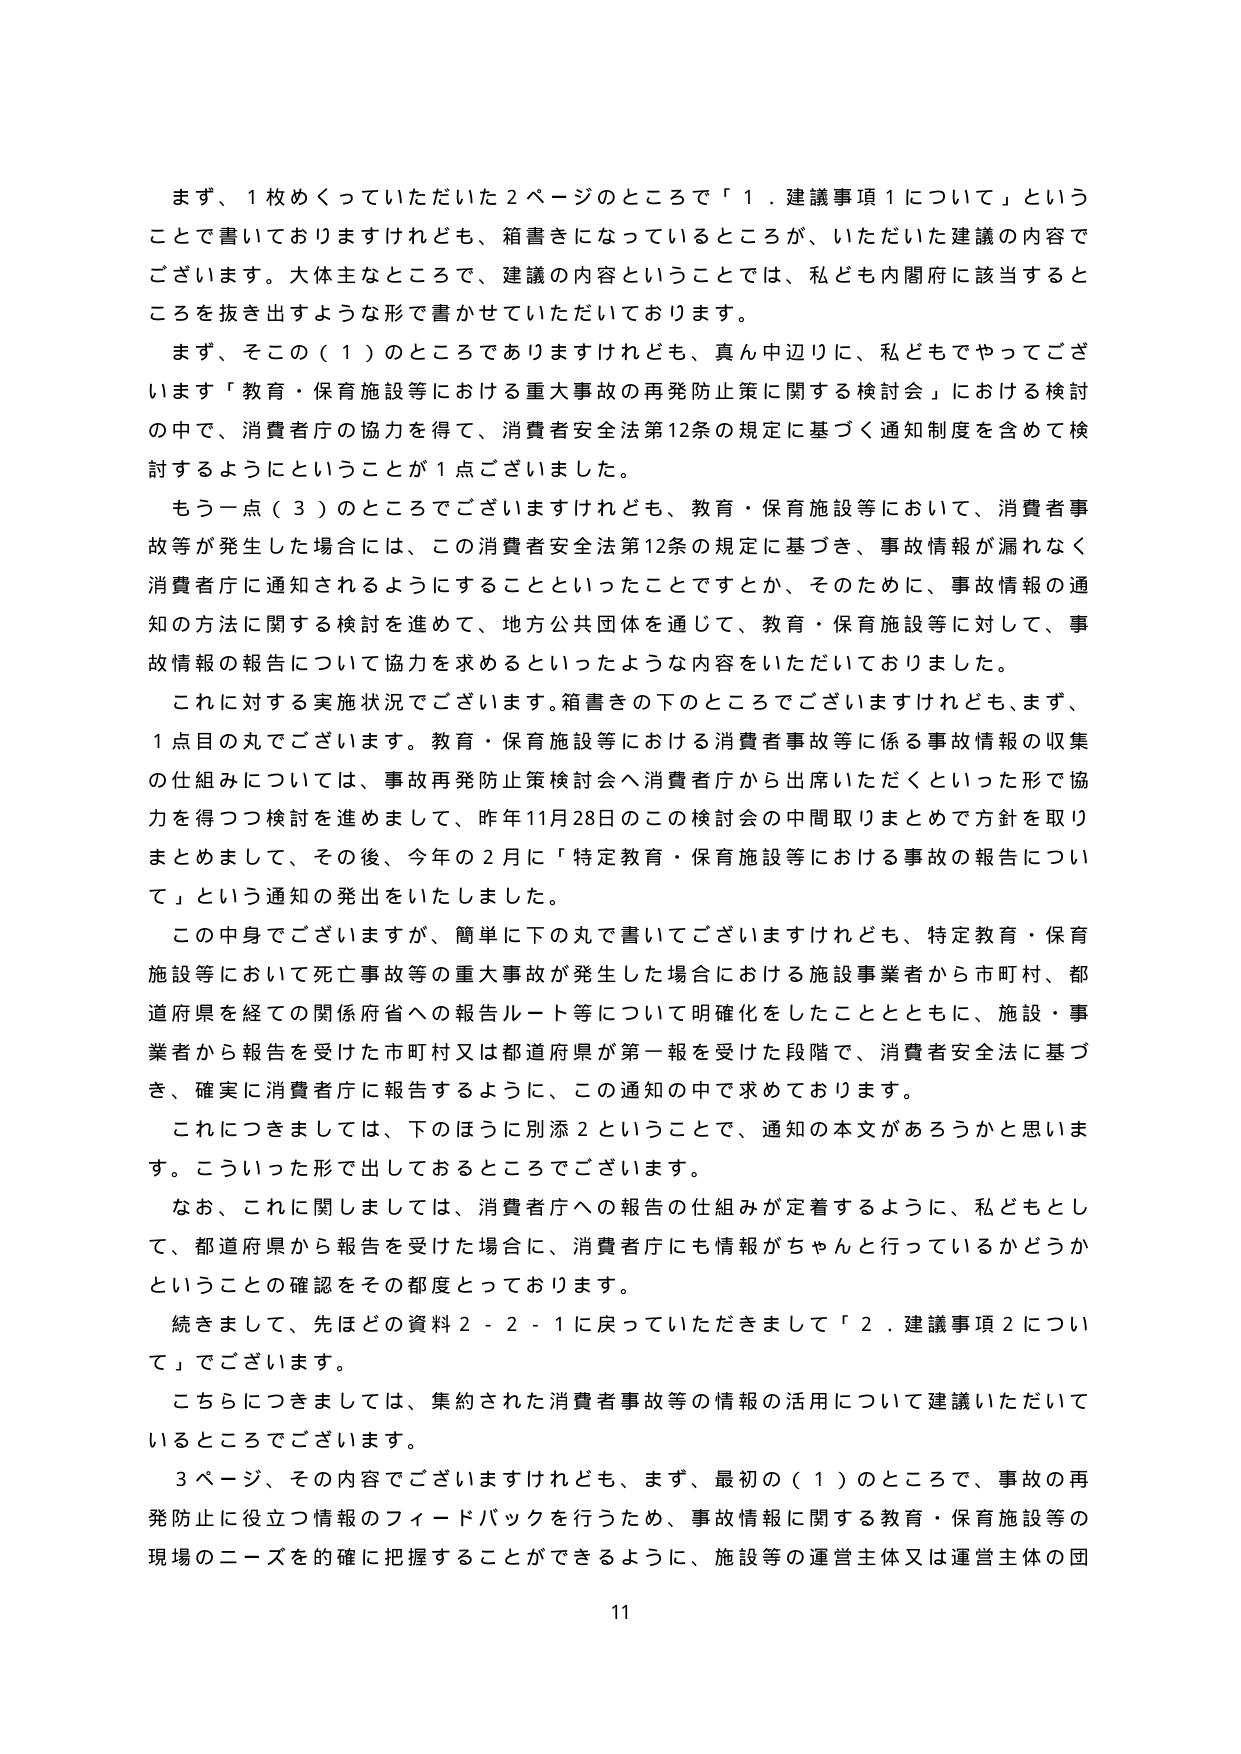
まず、1枚めくっていただいた2ページのところで「1．建議事項1について」ということで書いておりますけれども、箱書きになっているところが、いただいた建議の内容でございます。大体主なところで、建議の内容ということでは、私ども内閣府に該当するところを抜き出すような形で書かせていただいております。

まず、その（1）のところでありますけれども、真ん中辺りに、私どもでやってございます「教育・保育施設等における重大事故の再発防止策に関する検討会」における検討の中で、消費者庁の協力を得て、消費者安全法第12条の規定に基づく通知制度を含めて検討するようにということが1点ございました。

もう一点（3）のところでございますけれども、教育・保育施設等において、消費者事故等が発生した場合には、この消費者安全法第12条の規定に基づき、事故情報が漏れなく消費者庁に通知されるようにすることといったことですが、そのために、事故情報の通知の方法に関する検討を進めて、地方公共団体を通じて、教育・保育施設等に対して、事故情報の報告について協力を求めるといったような内容をいただいております。

これに対する実施状況でございます。箱書きの下のところでございますけれども、まず、1点目の丸でございます。教育・保育施設等における消費者事故等に係る事故情報の収集の仕組みについては、事故再発防止策検討会へ消費者庁から出席いただくといった形で協力を得つつ検討を進めまして、昨年11月28日のこの検討会の中間取りまとめで方針を取りまとめまして、その後、今年の2月に「特定教育・保育施設等における事故の報告について」という通知の発出をいたしました。

この中身でございますが、簡単に下の丸で書いてございますけれども、特定教育・保育施設等において死亡事故等の重大事故が発生した場合における施設事業者から市町村、都道府県を経ての関係府省への報告ルート等について明確化をしたこととともに、施設・事業者から報告を受けた市町村又は都道府県が第一報を受けた段階で、消費者安全法に基づき、確実に消費者庁に報告するように、この通知の中で求めております。

これにつきましては、下のほうに別添2ということで、通知の本文があるろうかと思います。こういった形で出してあるところでございます。

なお、これに関しましては、消費者庁への報告の仕組みが定着するように、私どもとして、都道府県から報告を受けた場合に、消費者庁にも情報がちゃんと行っているかどうかということの確認をその都度とっております。

続きまして、先ほどの資料2-2-1に戻っていただきまして「2．建議事項2について」でございます。

こちらにつきましては、集約された消費者事故等の情報の活用について建議いただいているところでございます。

3ページ、その内容でございますけれども、まず、最初の（1）のところで、事故の再発防止に役立つ情報のフィードバックを行うため、事故情報に関する教育・保育施設等の現場のニーズを的確に把握することができるように、施設等の運営主体又は運営主体の団

11